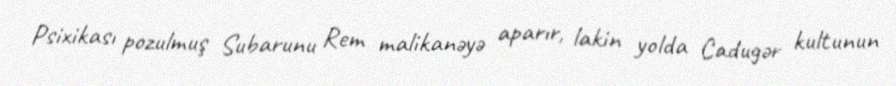
Psixikası pozulmuş Subarunu Rem malikanəyə aparır, lakin yolda Cadugər kultunun